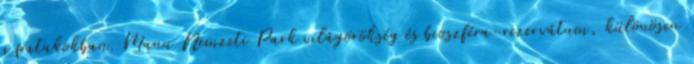
a patakokban. Manu Nemzeti Park világörökség és bioszféra-rezervátum, különösen